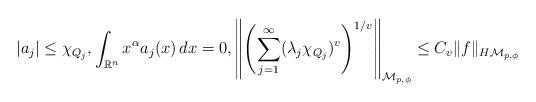
LaTeX: \begin{align*}|a_j| \le \chi_{Q_j}, \int_{{\mathbb R}^n}x^\alpha a_j(x)\,dx=0, \left\|\left(\sum_{j=1}^\infty(\lambda_j\chi_{Q_j})^{v}\right)^{1/v}\right\|_{{\mathcal M}_{p,\phi}}\le C_v\|f\|_{H{\mathcal M}_{p,\phi}}\end{align*}